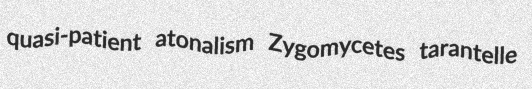
quasi-patient atonalism Zygomycetes tarantelle